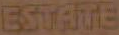
ESTATE